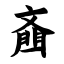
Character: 齑